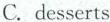
C. desserts